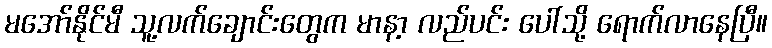
မအော်နိုင်မီ သူ့လက်ချောင်းတွေက မာနာ့ လည်ပင်း ပေါ်သို့ ရောက်လာနေပြီ။